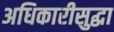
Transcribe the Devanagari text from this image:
अधिकारीसुद्धा